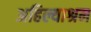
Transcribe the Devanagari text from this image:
अहिल्याश्रम